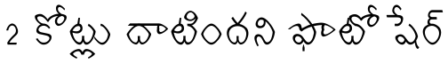
2 కోట్లు దాటిందని ఫొటో షేర్